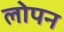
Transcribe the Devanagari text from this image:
लोपन